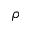
\rho